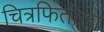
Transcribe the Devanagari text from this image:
चित्रफितीला